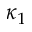
\kappa _ { 1 }